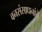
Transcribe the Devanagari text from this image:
वनसंसाधनांचे